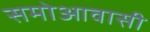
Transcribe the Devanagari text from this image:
समोआवासी